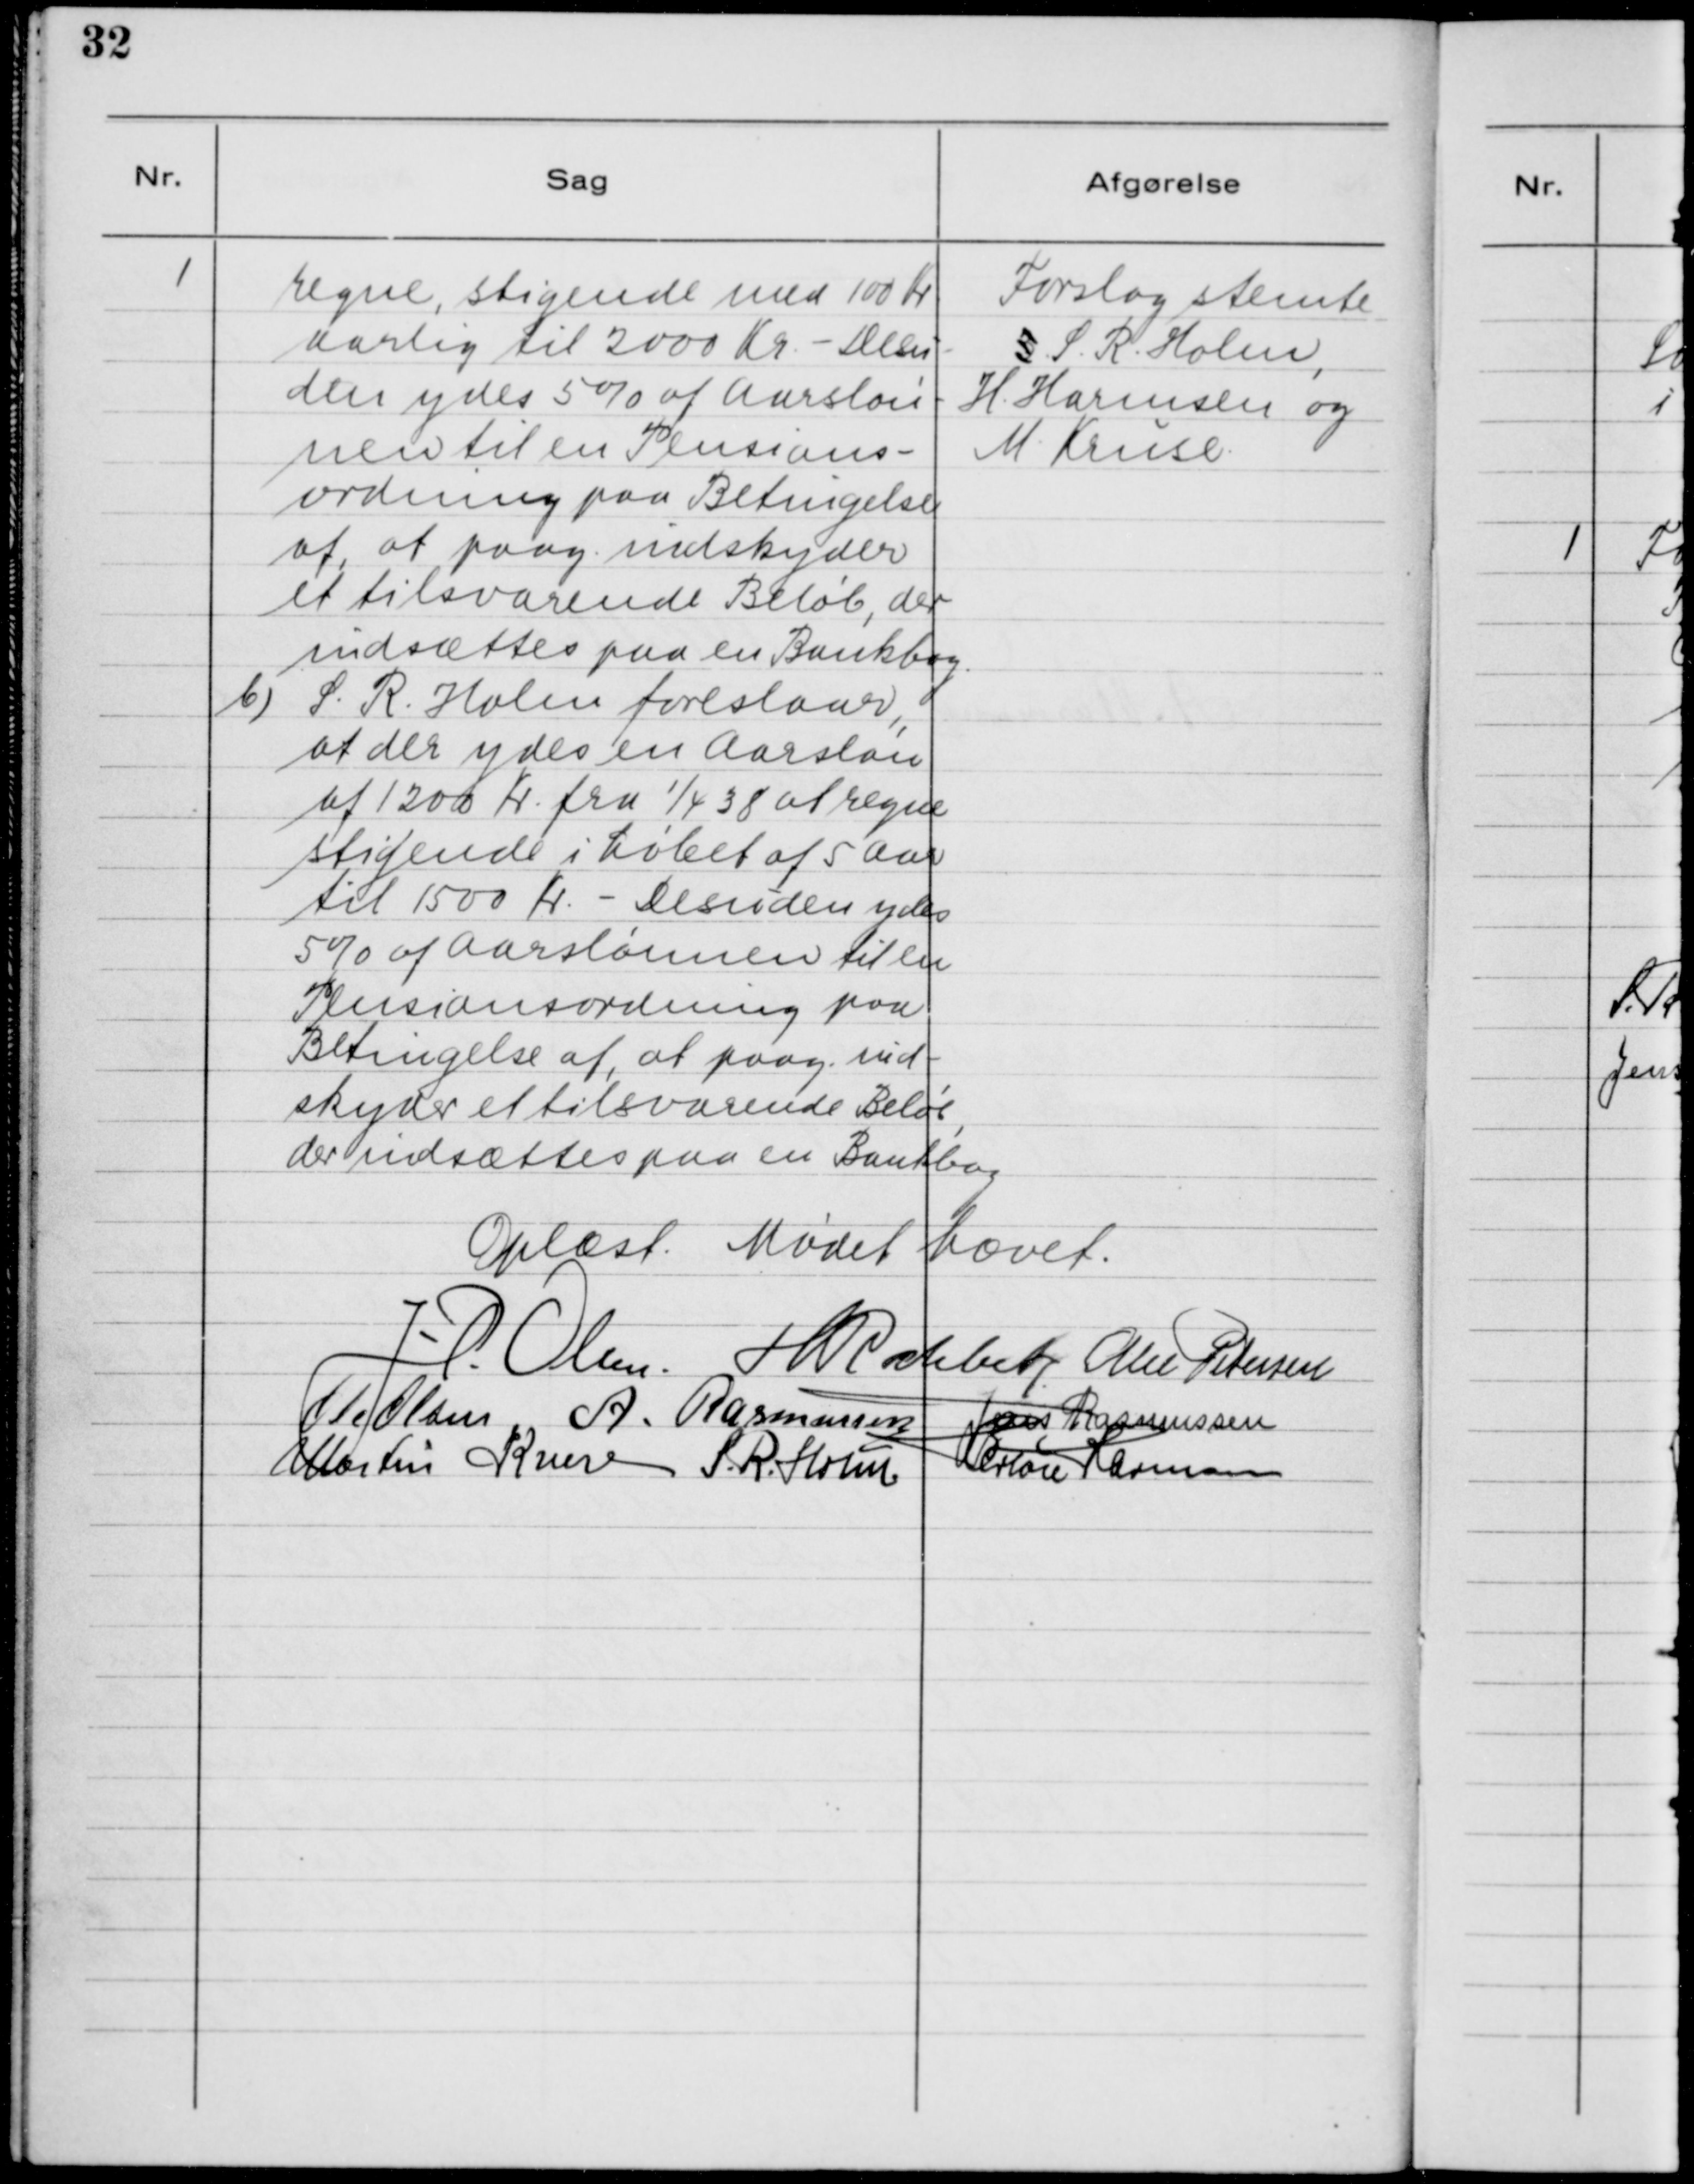
Transskription:
1. regne, stigende med 100 Kr.
aarlig til 2000 Kr. - Desu-
den ydes 5% af Aarsløn-
nen til en Pensions-
ordning paa Betingelse
af, at paag. indskyder
et tilsvarende Beløb, der
indsættes paa en Bankbog.
b) S. R. Holm foreslaar,
at der ydes en Aarsløn
af 1200 Kr. fra 1/4 38 at regne
stigende i Løbet af 5 Aar
til 1500 Kr. - Desuden ydes
5% af Aarslønnen til en
Pensionsordning paa
Betingelse af, at paag. ind-
skyder et tilsvarende Beløb,
der indsættes paa en Bankbog.

Forslag stemte
3 S. R. Holm,
H. Harmsen og
M. Kruse

Oplæst. Mødet hævet.